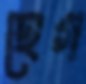
হেগ